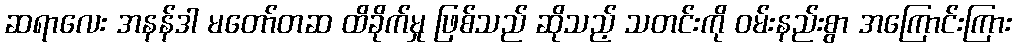
ဆရာလေး အနန်ဒါ မတော်တဆ ထိခိုက်မှု ဖြစ်သည် ဆိုသည့် သတင်းကို ဝမ်းနည်းစွာ အကြောင်းကြား